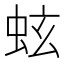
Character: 蚿